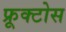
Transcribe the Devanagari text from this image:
फ्रूक्टोस